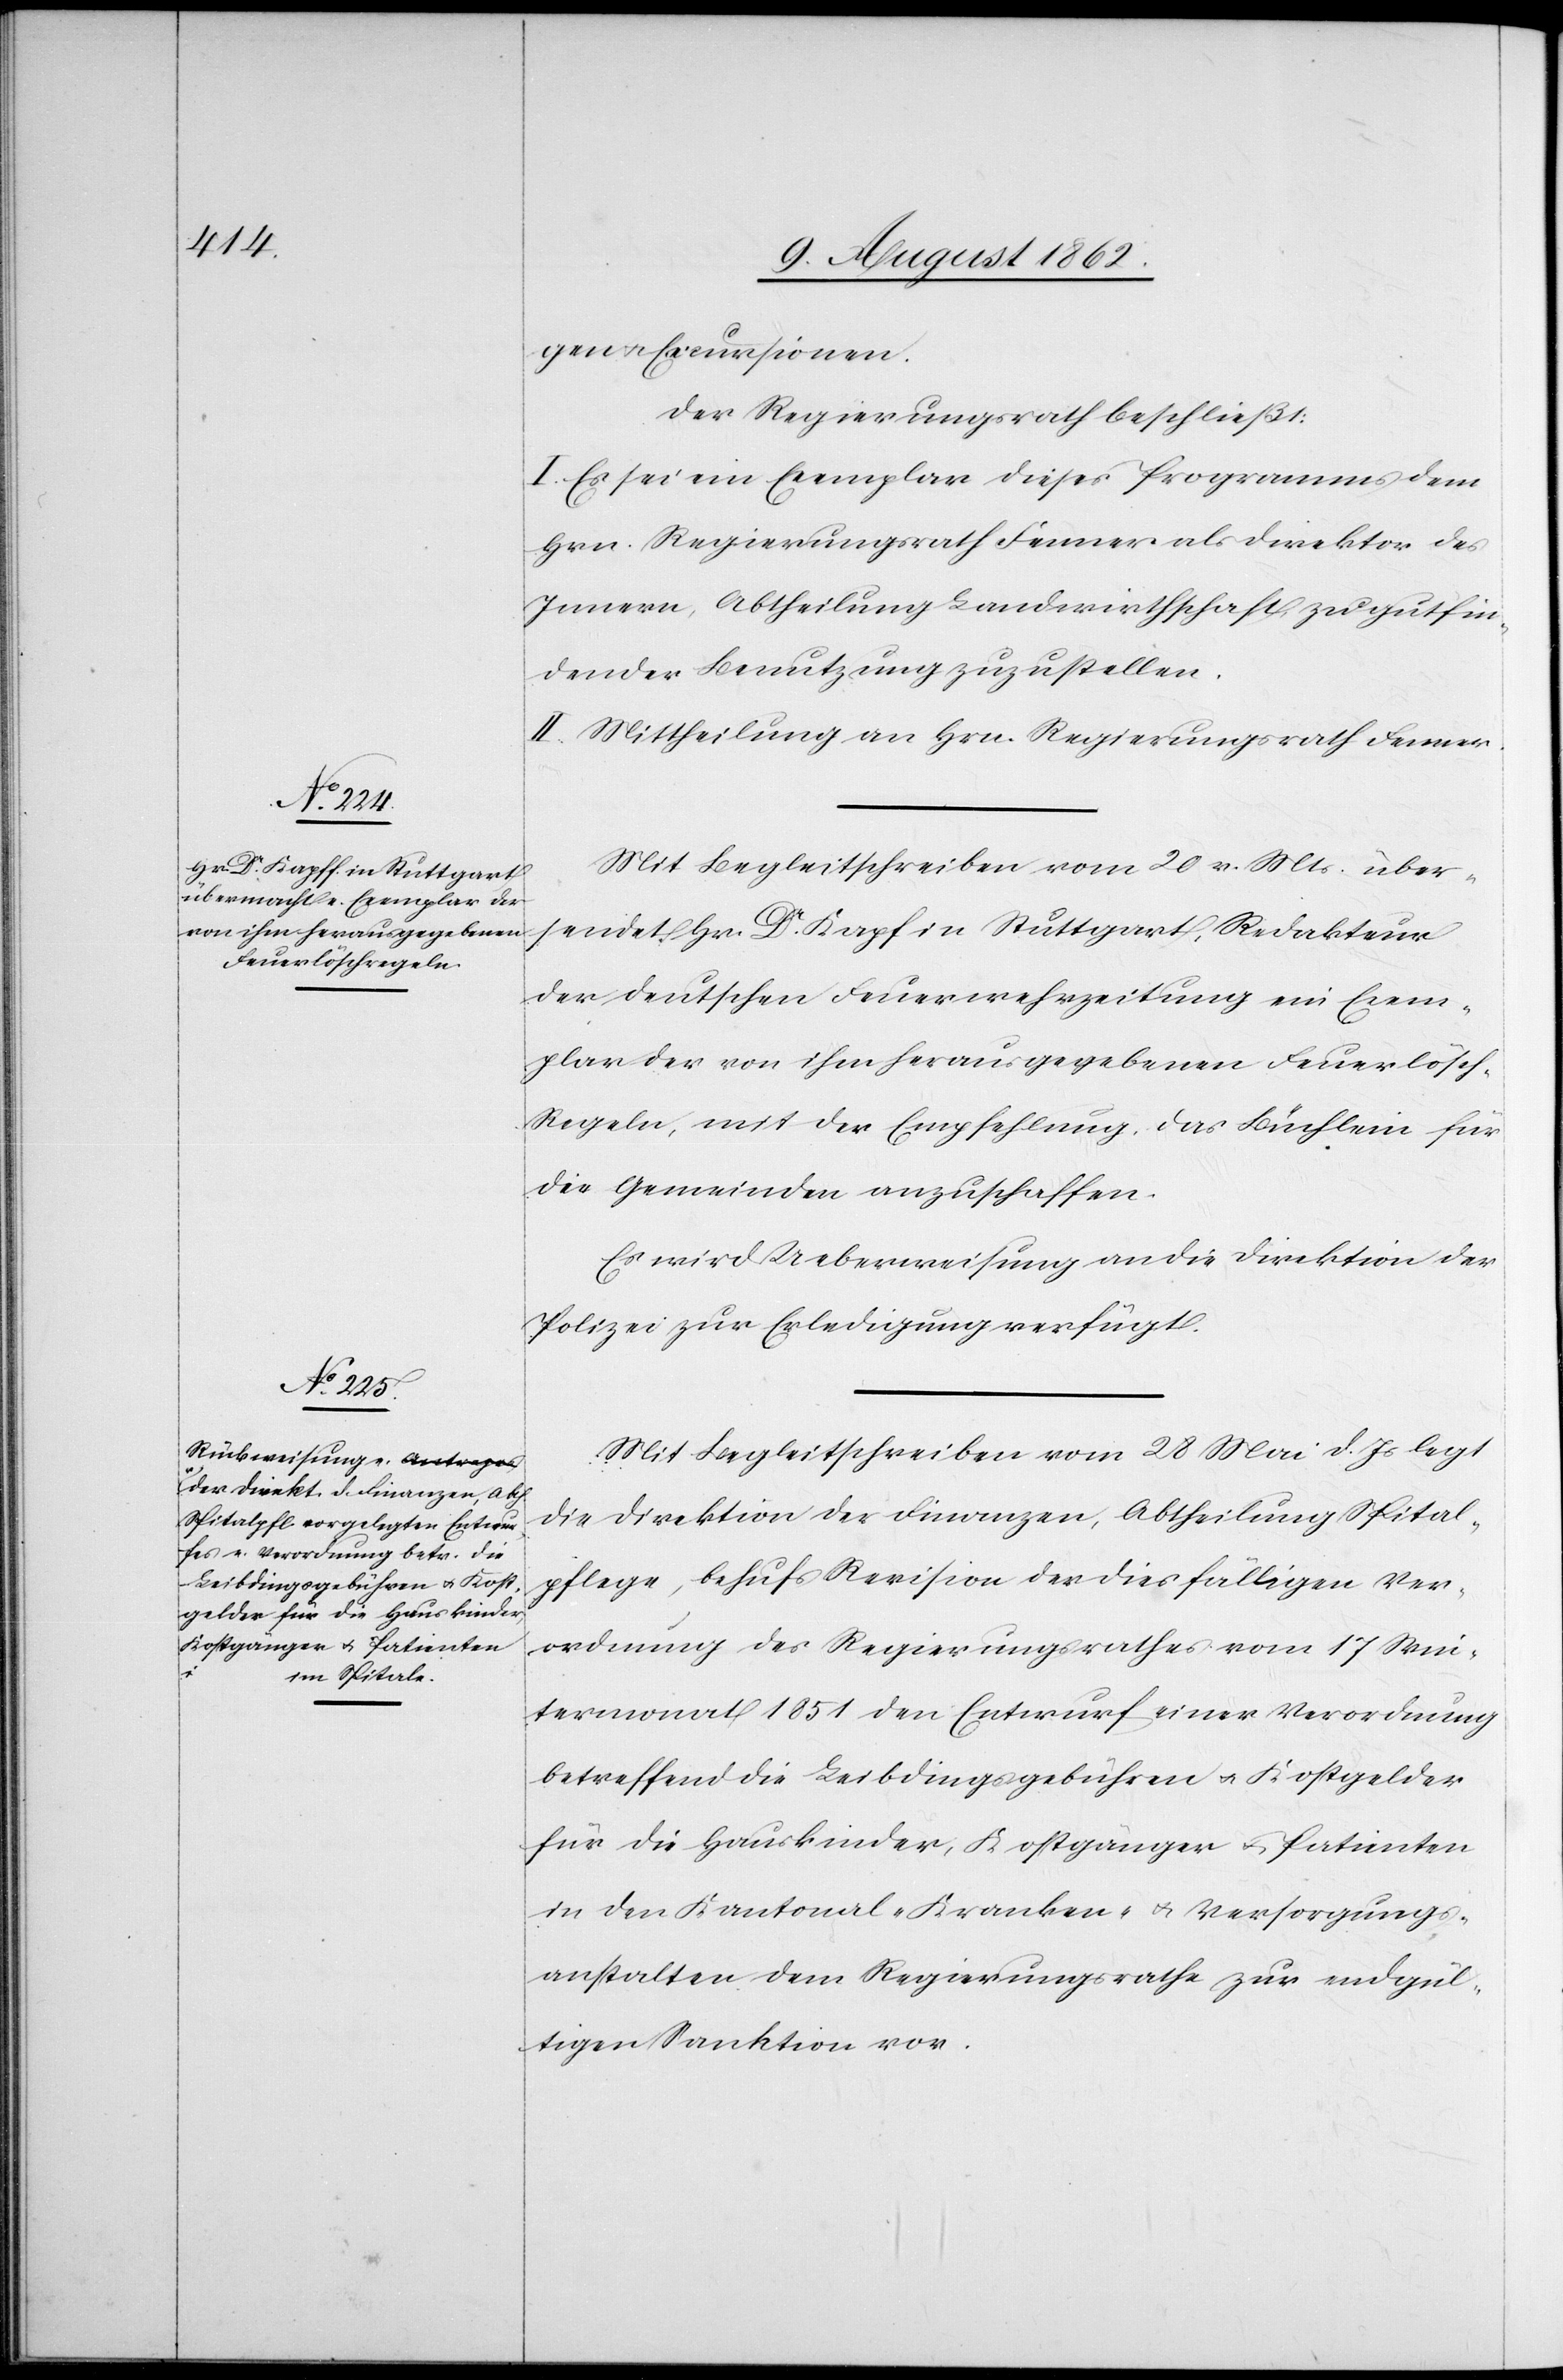
gen u. Excursionen.
Der Regierungsrath beschließt:
I. Es sei ein Exemplar dieses Programmes dem
Hrn. Regierungsrath Fenner als Direktor des
Innern, Abtheilung Landwirthschaft zu gutfin¬
dender Benutzung zuzustellen.
II. Mittheilung an Hrn. Regierungsrath Fenner.
Mit Begleitschreiben vom 20. v. Mts. über¬
sendet Hr. Dr. Kapf in Stuttgart, Redakteur
der deutschen Feuerwehrzeitung ein Exem¬
plar der von ihm herausgegebenen Feuerlösc¬
h-Regeln, mit der Empfehlung, das Büchlein für
die Gemeinden anzuschaffen.
Es wird Ueberweisung an die Direktion der
Polizei zur Erledigung verfügt.
Mit Begleitschreiben vom 28. Mai d. Js. legt
die Direktion der Finanzen, Abtheilung Spital¬
pflege, behufs Revision der diesfälligen Ver¬
ordnung des Regierungsrathes vom 17. Win¬
termonat 1851 den Entwurf einer Verordnung
betreffend die Leibdingsgebühren u. Kostgelder
für die Hauskinder, Kostgänger u. Patienten
in den Kantonal-[,] Kranken- u. Versorgungs¬
anstalten dem Regierungsrathe zur endgül¬
tigen Sanktion vor.